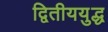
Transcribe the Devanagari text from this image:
द्वितीययुद्ध